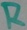
Text: R